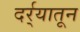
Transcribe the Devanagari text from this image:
दर्र्‍यातून